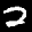
Label: 2